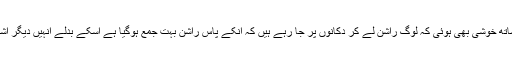
یہ جان کر دکھ کیساتھ خوشی بھی ہوئی کہ لوگ راشن لے کر دکانوں پر جا رہے ہیں کہ انکے پاس راشن بہت جمع ہوگیا ہے اسکے بدلے انہیں دیگر اشیاء دے دی جائیں ۔